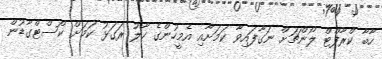
ހާބާ ކްރާފްޓް ލޯންޗަށް ނަގާފައިވާ ކަމަށާއި އެމީހުންގެ ހާލު ރަގަޅު ކަމަށް ކޯސްޓްގާޑުން